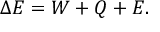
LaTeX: \Delta { } E = W + Q + E .